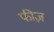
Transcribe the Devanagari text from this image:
फीज़